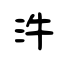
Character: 汼